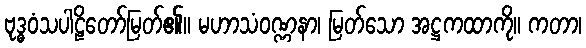
ဗုဒ္ဓဝံသပါဠိတော်မြတ်၏။ မဟာသံဝဏ္ဏနာ၊ မြတ်သော အဋ္ဌကထာကို။ ကတာ၊